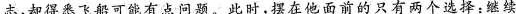
志，却得悉飞船可能有点问题。此时，摆在他面前的只有两个选择：继续